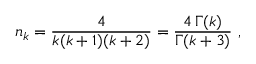
n _ { k } = \frac { 4 } { k ( k + 1 ) ( k + 2 ) } = \frac { 4 \, \Gamma ( k ) } { \Gamma ( k + 3 ) } ~ ,